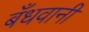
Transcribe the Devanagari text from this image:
बँधवानी